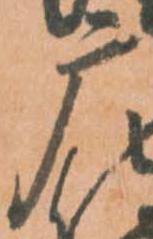
广